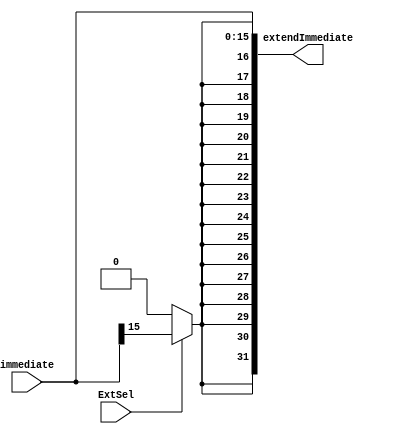
`timescale 1ns / 1ps
//////////////////////////////////////////////////////////////////////////////////
// Company: 
// Engineer: 
// 
// Design Name: 
// Module Name: SignZeroExtend
// Project Name: 
// Target Devices: 
// Tool Versions: 
// Description: 
// 
// Dependencies: 
// 
// Revision:
// Revision 0.01 - File Created
// Additional Comments:
// 
//////////////////////////////////////////////////////////////////////////////////


module SignZeroExtend(
    input ExtSel,
    input [15:0] immediate,
    output reg [31:0] extendImmediate
    );

	integer i;
	initial begin
		extendImmediate = 0;
	end

	always @(ExtSel or immediate) begin
		for(i = 0; i < 16; i = i + 1) begin
			extendImmediate[i] <= immediate[i];
		end

		if(ExtSel) begin
			for(i = 16; i < 32; i = i + 1) begin
				extendImmediate[i] <= immediate[15];
			end
		end
		else begin
			for(i = 16; i < 32; i = i + 1) begin
				extendImmediate[i] <= 0;
			end
		end
	end

endmodule